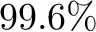
9 9 . 6 \%